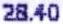
28.40